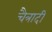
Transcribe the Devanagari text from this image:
चैत्रादी